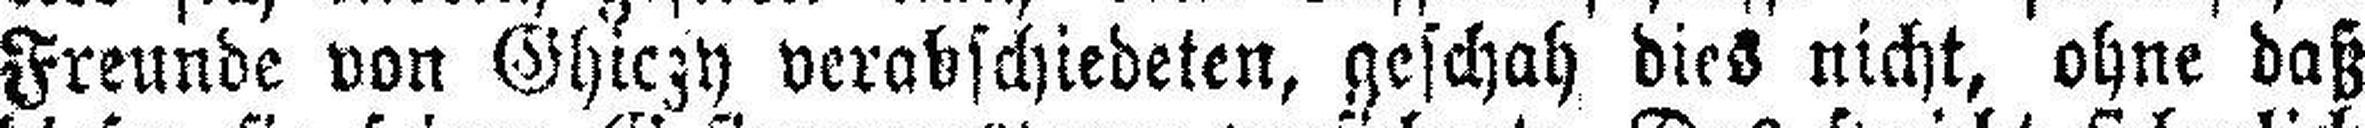
Freunde von Ghiczy verabschiedeten, geschah dies nicht, ohne daß